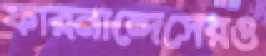
ফারনান্দেসেরও